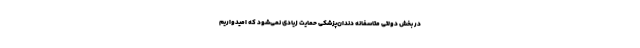
در بخش دولتی متاسفانه دندان‌پزشکی حمایت زیادی نمی‌شود که امیدواریم